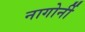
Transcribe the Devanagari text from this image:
नागोर्नी